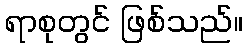
ရာစုတွင် ဖြစ်သည်။